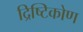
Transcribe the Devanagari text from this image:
द्रिष्टिकोण